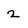
Character: 2